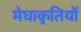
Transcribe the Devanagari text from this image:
मेघाकृतियों